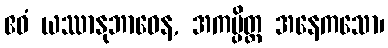
ဧဝံ ယဿာနုဘာဝေန, အကမ္ပိတ္ထ အနေကသော၊